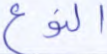
النوع